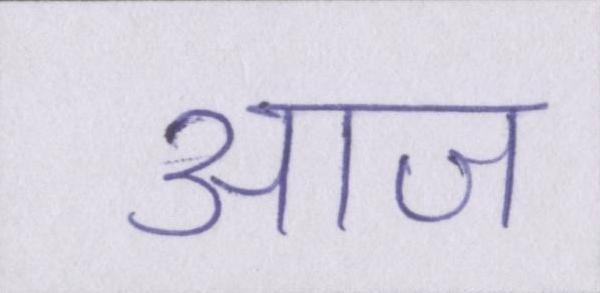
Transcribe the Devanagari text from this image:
आज